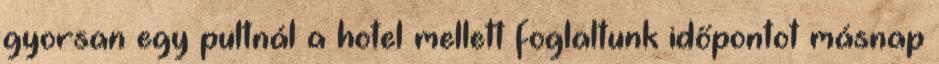
gyorsan egy pultnál a hotel mellett foglaltunk időpontot másnap